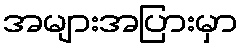
အများအပြားမှာ